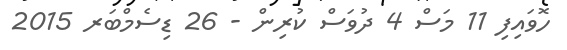
ހޮވައިފި 11 މަސް 4 ދުވަސް ކުރިން - 26 ޑިސެމްބަރ 2015